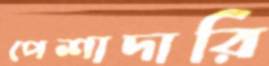
পেশাদারি